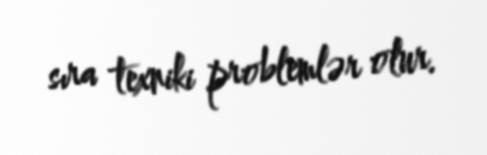
sıra texniki problemlər olur.